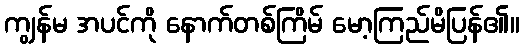
ကျွန်မ အပင်ကို နောက်တစ်ကြိမ် မော့ကြည်မိပြန်၏။